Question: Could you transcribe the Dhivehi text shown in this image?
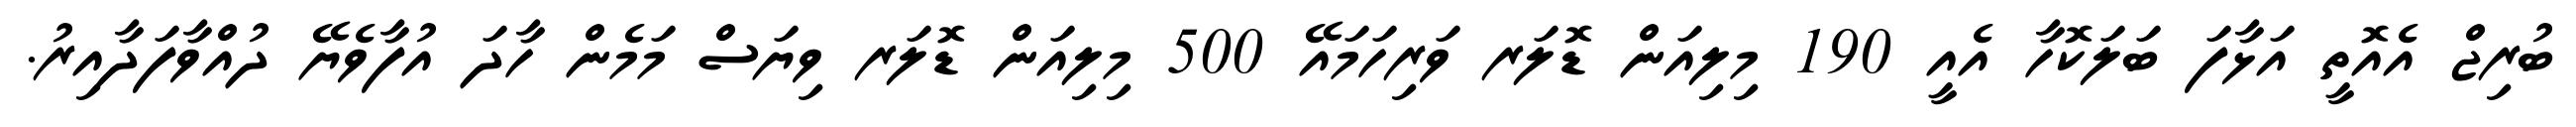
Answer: ބުރިޖް އެއޮތީ އަޅާފަ ބަލަކޮހާ އެއީ 190 މިލިއަން ޑޮލަރ ވަރިހަމައޭ 500 މިލިއަން ޑޮލަރ ވިޔަސް މަމެން ހާދަ އުފާވެޔޭ ދުއްވާފަދާއިރު.